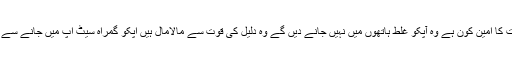
وہ جانتے ہیں کہ روایت کا امین کون ہے وہ آپکو غلط ہاتھوں میں نہیں جانے دیں گے وہ دلیل کی قوت سے مالامال ہیں اپکو گمراہ سیٹ اپ میں جانے سے بچالیں گے بفضل اللہ ۔